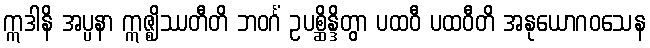
ဣဒါနိ အပ္ပနာ ဣဇ္ဈိဿတီတိ ဘဝင်္ဂံ ဥပစ္ဆိန္ဒိတွာ ပထဝီ ပထဝီတိ အနုယောဂဝသေန